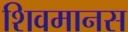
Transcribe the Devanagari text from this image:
शिवमानस